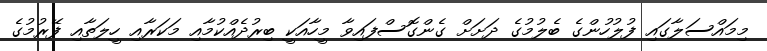
މިމައްސަލާގައި ފުލުހުންގެ ބެލުމުގެ ދަށަށް ގެންގޮސްފައިވާ މީހާއަކީ ބިރުދެއްކުމާއި މަކަރާއި ހީލަތާއި ފޭރުމުގެ